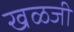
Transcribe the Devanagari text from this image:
खळजी